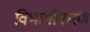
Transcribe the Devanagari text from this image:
विभागीकरण